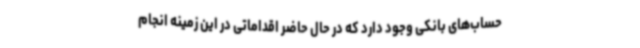
حساب‌های بانکی وجود دارد که در حال حاضر اقداماتی در این زمینه انجام